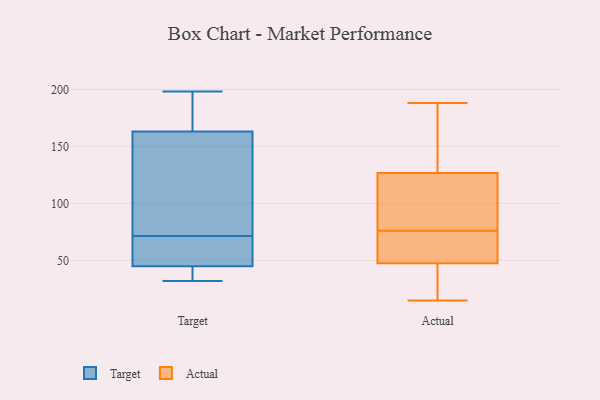
{"axis": {"x": "Budget (USD K)", "y": "Value"}, "legend": ["Actual", "Target"], "data": [{"x": "", "y": 196, "type": "Target"}, {"x": "", "y": 71, "type": "Target"}, {"x": "", "y": 152, "type": "Target"}, {"x": "", "y": 32, "type": "Target"}, {"x": "", "y": 53, "type": "Target"}, {"x": "", "y": 48, "type": "Target"}, {"x": "", "y": 72, "type": "Target"}, {"x": "", "y": 124, "type": "Target"}, {"x": "", "y": 167, "type": "Target"}, {"x": "", "y": 54, "type": "Target"}, {"x": "", "y": 131, "type": "Target"}, {"x": "", "y": 163, "type": "Target"}, {"x": "", "y": 37, "type": "Target"}, {"x": "", "y": 39, "type": "Target"}, {"x": "", "y": 163, "type": "Target"}, {"x": "", "y": 198, "type": "Target"}, {"x": "", "y": 39, "type": "Target"}, {"x": "", "y": 45, "type": "Target"}, {"x": "", "y": 46, "type": "Actual"}, {"x": "", "y": 19, "type": "Actual"}, {"x": "", "y": 76, "type": "Actual"}, {"x": "", "y": 71, "type": "Actual"}, {"x": "", "y": 155, "type": "Actual"}, {"x": "", "y": 188, "type": "Actual"}, {"x": "", "y": 39, "type": "Actual"}, {"x": "", "y": 48, "type": "Actual"}, {"x": "", "y": 92, "type": "Actual"}, {"x": "", "y": 96, "type": "Actual"}, {"x": "", "y": 125, "type": "Actual"}, {"x": "", "y": 60, "type": "Actual"}, {"x": "", "y": 170, "type": "Actual"}, {"x": "", "y": 132, "type": "Actual"}, {"x": "", "y": 15, "type": "Actual"}, {"x": "", "y": 112, "type": "Actual"}, {"x": "", "y": 64, "type": "Actual"}]}